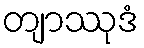
တျာဿုဒံ